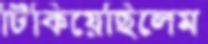
টিকিয়েছিলেম